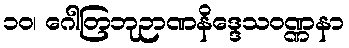
၁၀၊ ဂေါတြဘုဉာဏနိဒ္ဒေသဝဏ္ဏနာ